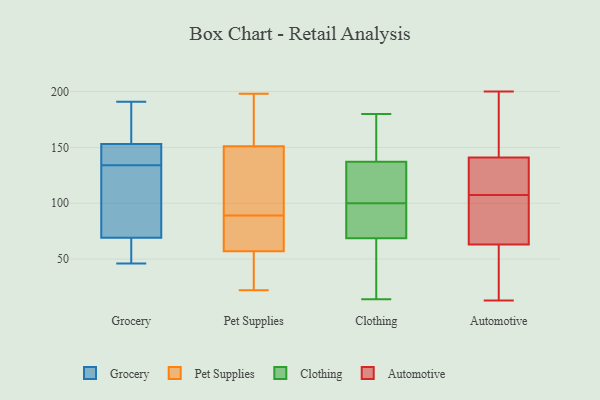
{"axis": {"x": "Demand Index", "y": "Value"}, "legend": ["Automotive", "Clothing", "Grocery", "Pet Supplies"], "data": [{"x": "", "y": 46, "type": "Grocery"}, {"x": "", "y": 52, "type": "Grocery"}, {"x": "", "y": 170, "type": "Grocery"}, {"x": "", "y": 148, "type": "Grocery"}, {"x": "", "y": 144, "type": "Grocery"}, {"x": "", "y": 153, "type": "Grocery"}, {"x": "", "y": 63, "type": "Grocery"}, {"x": "", "y": 171, "type": "Grocery"}, {"x": "", "y": 191, "type": "Grocery"}, {"x": "", "y": 142, "type": "Grocery"}, {"x": "", "y": 148, "type": "Grocery"}, {"x": "", "y": 69, "type": "Grocery"}, {"x": "", "y": 68, "type": "Grocery"}, {"x": "", "y": 117, "type": "Grocery"}, {"x": "", "y": 126, "type": "Grocery"}, {"x": "", "y": 182, "type": "Grocery"}, {"x": "", "y": 121, "type": "Grocery"}, {"x": "", "y": 123, "type": "Grocery"}, {"x": "", "y": 22, "type": "Pet Supplies"}, {"x": "", "y": 118, "type": "Pet Supplies"}, {"x": "", "y": 66, "type": "Pet Supplies"}, {"x": "", "y": 188, "type": "Pet Supplies"}, {"x": "", "y": 66, "type": "Pet Supplies"}, {"x": "", "y": 142, "type": "Pet Supplies"}, {"x": "", "y": 198, "type": "Pet Supplies"}, {"x": "", "y": 182, "type": "Pet Supplies"}, {"x": "", "y": 22, "type": "Pet Supplies"}, {"x": "", "y": 57, "type": "Pet Supplies"}, {"x": "", "y": 151, "type": "Pet Supplies"}, {"x": "", "y": 69, "type": "Pet Supplies"}, {"x": "", "y": 39, "type": "Pet Supplies"}, {"x": "", "y": 109, "type": "Pet Supplies"}, {"x": "", "y": 111, "type": "Clothing"}, {"x": "", "y": 100, "type": "Clothing"}, {"x": "", "y": 14, "type": "Clothing"}, {"x": "", "y": 158, "type": "Clothing"}, {"x": "", "y": 89, "type": "Clothing"}, {"x": "", "y": 126, "type": "Clothing"}, {"x": "", "y": 63, "type": "Clothing"}, {"x": "", "y": 122, "type": "Clothing"}, {"x": "", "y": 80, "type": "Clothing"}, {"x": "", "y": 67, "type": "Clothing"}, {"x": "", "y": 74, "type": "Clothing"}, {"x": "", "y": 157, "type": "Clothing"}, {"x": "", "y": 170, "type": "Clothing"}, {"x": "", "y": 60, "type": "Clothing"}, {"x": "", "y": 180, "type": "Clothing"}, {"x": "", "y": 141, "type": "Clothing"}, {"x": "", "y": 125, "type": "Clothing"}, {"x": "", "y": 96, "type": "Clothing"}, {"x": "", "y": 16, "type": "Clothing"}, {"x": "", "y": 13, "type": "Automotive"}, {"x": "", "y": 63, "type": "Automotive"}, {"x": "", "y": 120, "type": "Automotive"}, {"x": "", "y": 120, "type": "Automotive"}, {"x": "", "y": 104, "type": "Automotive"}, {"x": "", "y": 200, "type": "Automotive"}, {"x": "", "y": 126, "type": "Automotive"}, {"x": "", "y": 30, "type": "Automotive"}, {"x": "", "y": 167, "type": "Automotive"}, {"x": "", "y": 62, "type": "Automotive"}, {"x": "", "y": 14, "type": "Automotive"}, {"x": "", "y": 182, "type": "Automotive"}, {"x": "", "y": 111, "type": "Automotive"}, {"x": "", "y": 141, "type": "Automotive"}, {"x": "", "y": 79, "type": "Automotive"}, {"x": "", "y": 101, "type": "Automotive"}, {"x": "", "y": 68, "type": "Automotive"}, {"x": "", "y": 149, "type": "Automotive"}]}